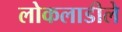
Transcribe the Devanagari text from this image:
लोकलाडीले